Source: Handwritten
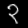
Digit: ၃ (3)